Scottish Leaving Certificate Examination, 1959
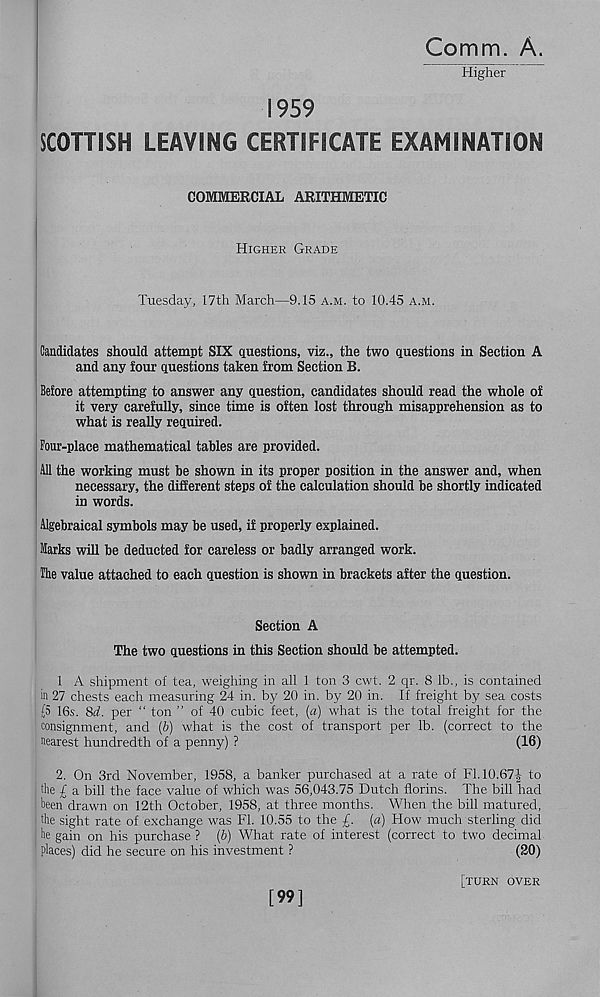
Comm. A.
Higher
1959
SCOTTISH LEAVING CERTIFICATE EXAMINATION
COMMERCIAL ARITHMETIC
Higher Grade
Tuesday, 17th March—9.15 a.m. to 10.45 a.m.
Candidates should attempt SIX questions, viz., the two questions in Section A
and any four questions taken from Section B.
Before attempting to answer any question, candidates should read the whole of
it very carefully, since time is often lost through misapprehension as to
what is really required.
Four-place mathematical tables are provided.
All the working must be shown in its proper position in the answer and, when
necessary, the different steps of the calculation should be shortly indicated
in words.
Algebraical symbols may be used, if properly explained.
Marks will be deducted for careless or badly arranged work.
The value attached to each question is shown in brackets after the question.
Section A
The two questions in this Section should be attempted.
1 A shipment of tea, weighing in all 1 ton 3 cwt. 2 qr. 8 lb., is contained
in 27 chests each measuring 24 in. by 20 in. by 20 in. If freight by sea costs
[5 16s. 8d. per “ ton ” of 40 cubic feet, (a) what is the total freight for the
consignment, and (6) what is the cost of transport per lb. (correct to the
nearest hundredth of a penny) ?
(16)
2. On 3rd November, 1958, a banker purchased at a rate of FI. 10.67to
the £ a bill the face value of which was 56,043.75 Dutch florins. The bill had
been drawn on 12th October, 1958, at three months. When the bill matured,
the sight rate of exchange was FI. 10.55 to the £. [a) How much sterling did
he gain on his purchase ? (b) What rate of interest (correct to two decimal
places) did he secure on his investment ?
(20)
[99]
[turn over